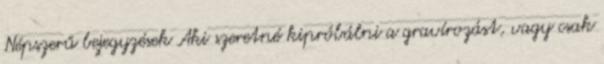
Népszerű bejegyzések Aki szeretné kipróbálni a gravírozást, vagy csak